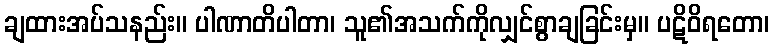
ချထားအပ်သနည်း။ ပါဏာတိပါတာ၊ သူ၏အသက်ကိုလျှင်စွာချခြင်းမှ။ ပဋိဝိရတော၊